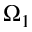
\Omega _ { 1 }